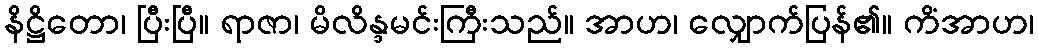
နိဋ္ဌိတော၊ ပြီးပြီ။ ရာဇာ၊ မိလိန္ဒမင်းကြီးသည်။ အာဟ၊ လျှောက်ပြန်၏။ ကိံအာဟ၊